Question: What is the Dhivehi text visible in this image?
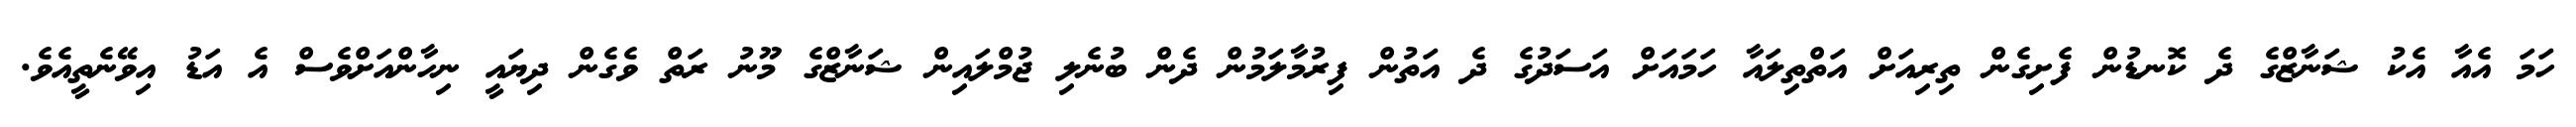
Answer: ހަމަ އެއާ އެކު ޝަނާޒްގެ ދެ ކޮނޑުން ފެށިގެން ތިރިއަށް އަތްތިލައާ ހަމައަށް އަސަދުގެ ދެ އަތުން ފިރުމާލަމުން ދެން ބުނެލި ޖުމްލައިން ޝަނާޒްގެ މޫނު ރަތް ވެގެން ދިޔައީ ނިހާންއަށްވެސް އެ އަޑު އިވޭނެތީއެވެ.